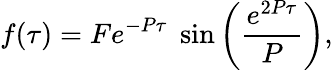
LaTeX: f(\tau)=Fe^{-P\tau}\; \sin\left(\frac{e^{2P\tau}}{P}\right),